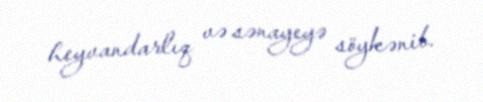
heyvandarlıq və sənayeyə söykənib.